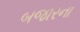
બજારના